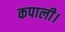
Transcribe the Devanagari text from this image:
कपाली।